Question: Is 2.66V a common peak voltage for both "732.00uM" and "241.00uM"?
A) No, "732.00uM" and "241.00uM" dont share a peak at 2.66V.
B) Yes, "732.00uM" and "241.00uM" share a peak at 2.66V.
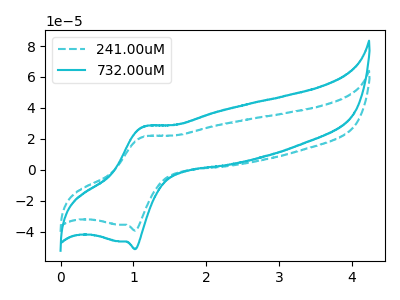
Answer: <think>The cyan dashed curve "241.00uM" has an anodic peak at (1.15V, 21.35uA) and a cathodic peak at (1.00V, -39.35uA). The cyan curve "732.00uM" has an anodic peak at (1.15V, 27.80uA) and a cathodic peak at (1.00V, -51.35uA).</think>
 <answer>A) No, "732.00uM" and "241.00uM" dont share a peak at 2.66V.</answer>
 <eval>A</eval>